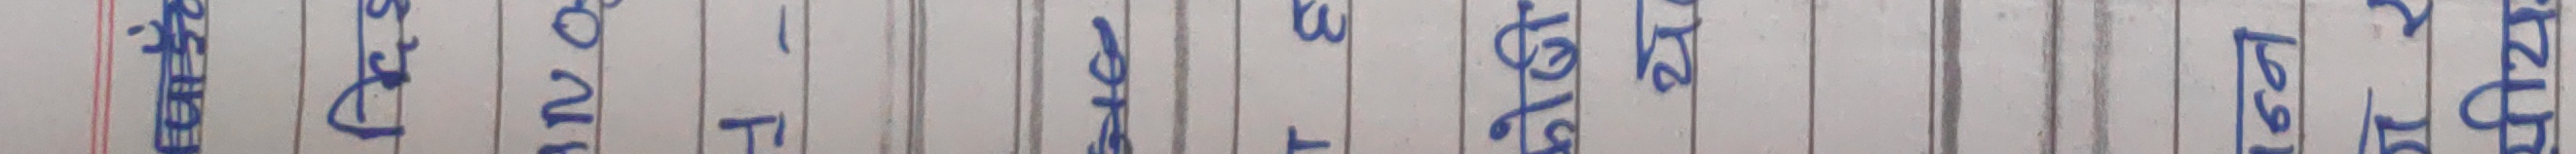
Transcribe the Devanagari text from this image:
प्रतिशत